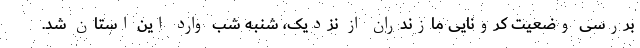
بررسی وضعیت کرونایی مازندران از نزدیک، شنبه شب وارد این استان شد.